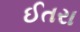
ઈતરા